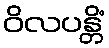
ဝိလပန္တိံ